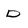
Character: D